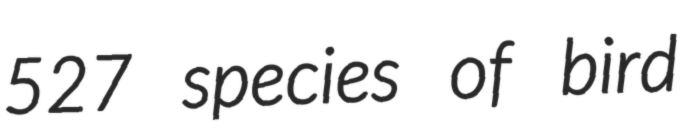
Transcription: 527 species of bird